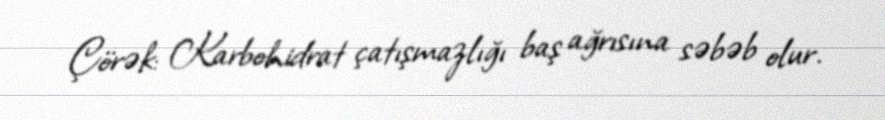
Çörək: Karbohidrat çatışmazlığı baş ağrısına səbəb olur.